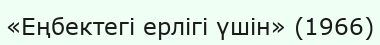
«Еңбектегі ерлігі үшін» (1966)